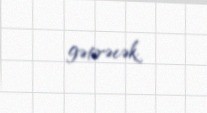
gətirəcək.